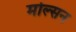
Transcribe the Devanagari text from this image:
मोल्सन